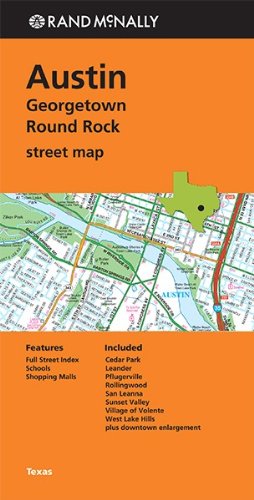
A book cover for Rand Mcnally Folded Map: Austin, Georgetown & Round Rock Street Map; Rand McNally; Travel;